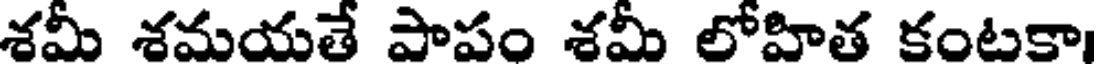
శమీ శమయతే పాపం శమీ లోహిత కంటకా